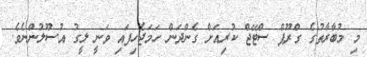
މި މުބާރާތުގެ ގްރޫޕް ސްޓޭޖް ކުރިއަށް ގެންދަން ހަމަޖެހިފައި ވަނީ ލީގު އުސޫލުންނެވެ.